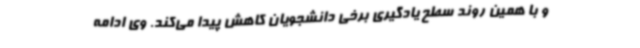
و با همین روند سطح یادگیری برخی دانشجویان کاهش پیدا می‌کند. وی ادامه